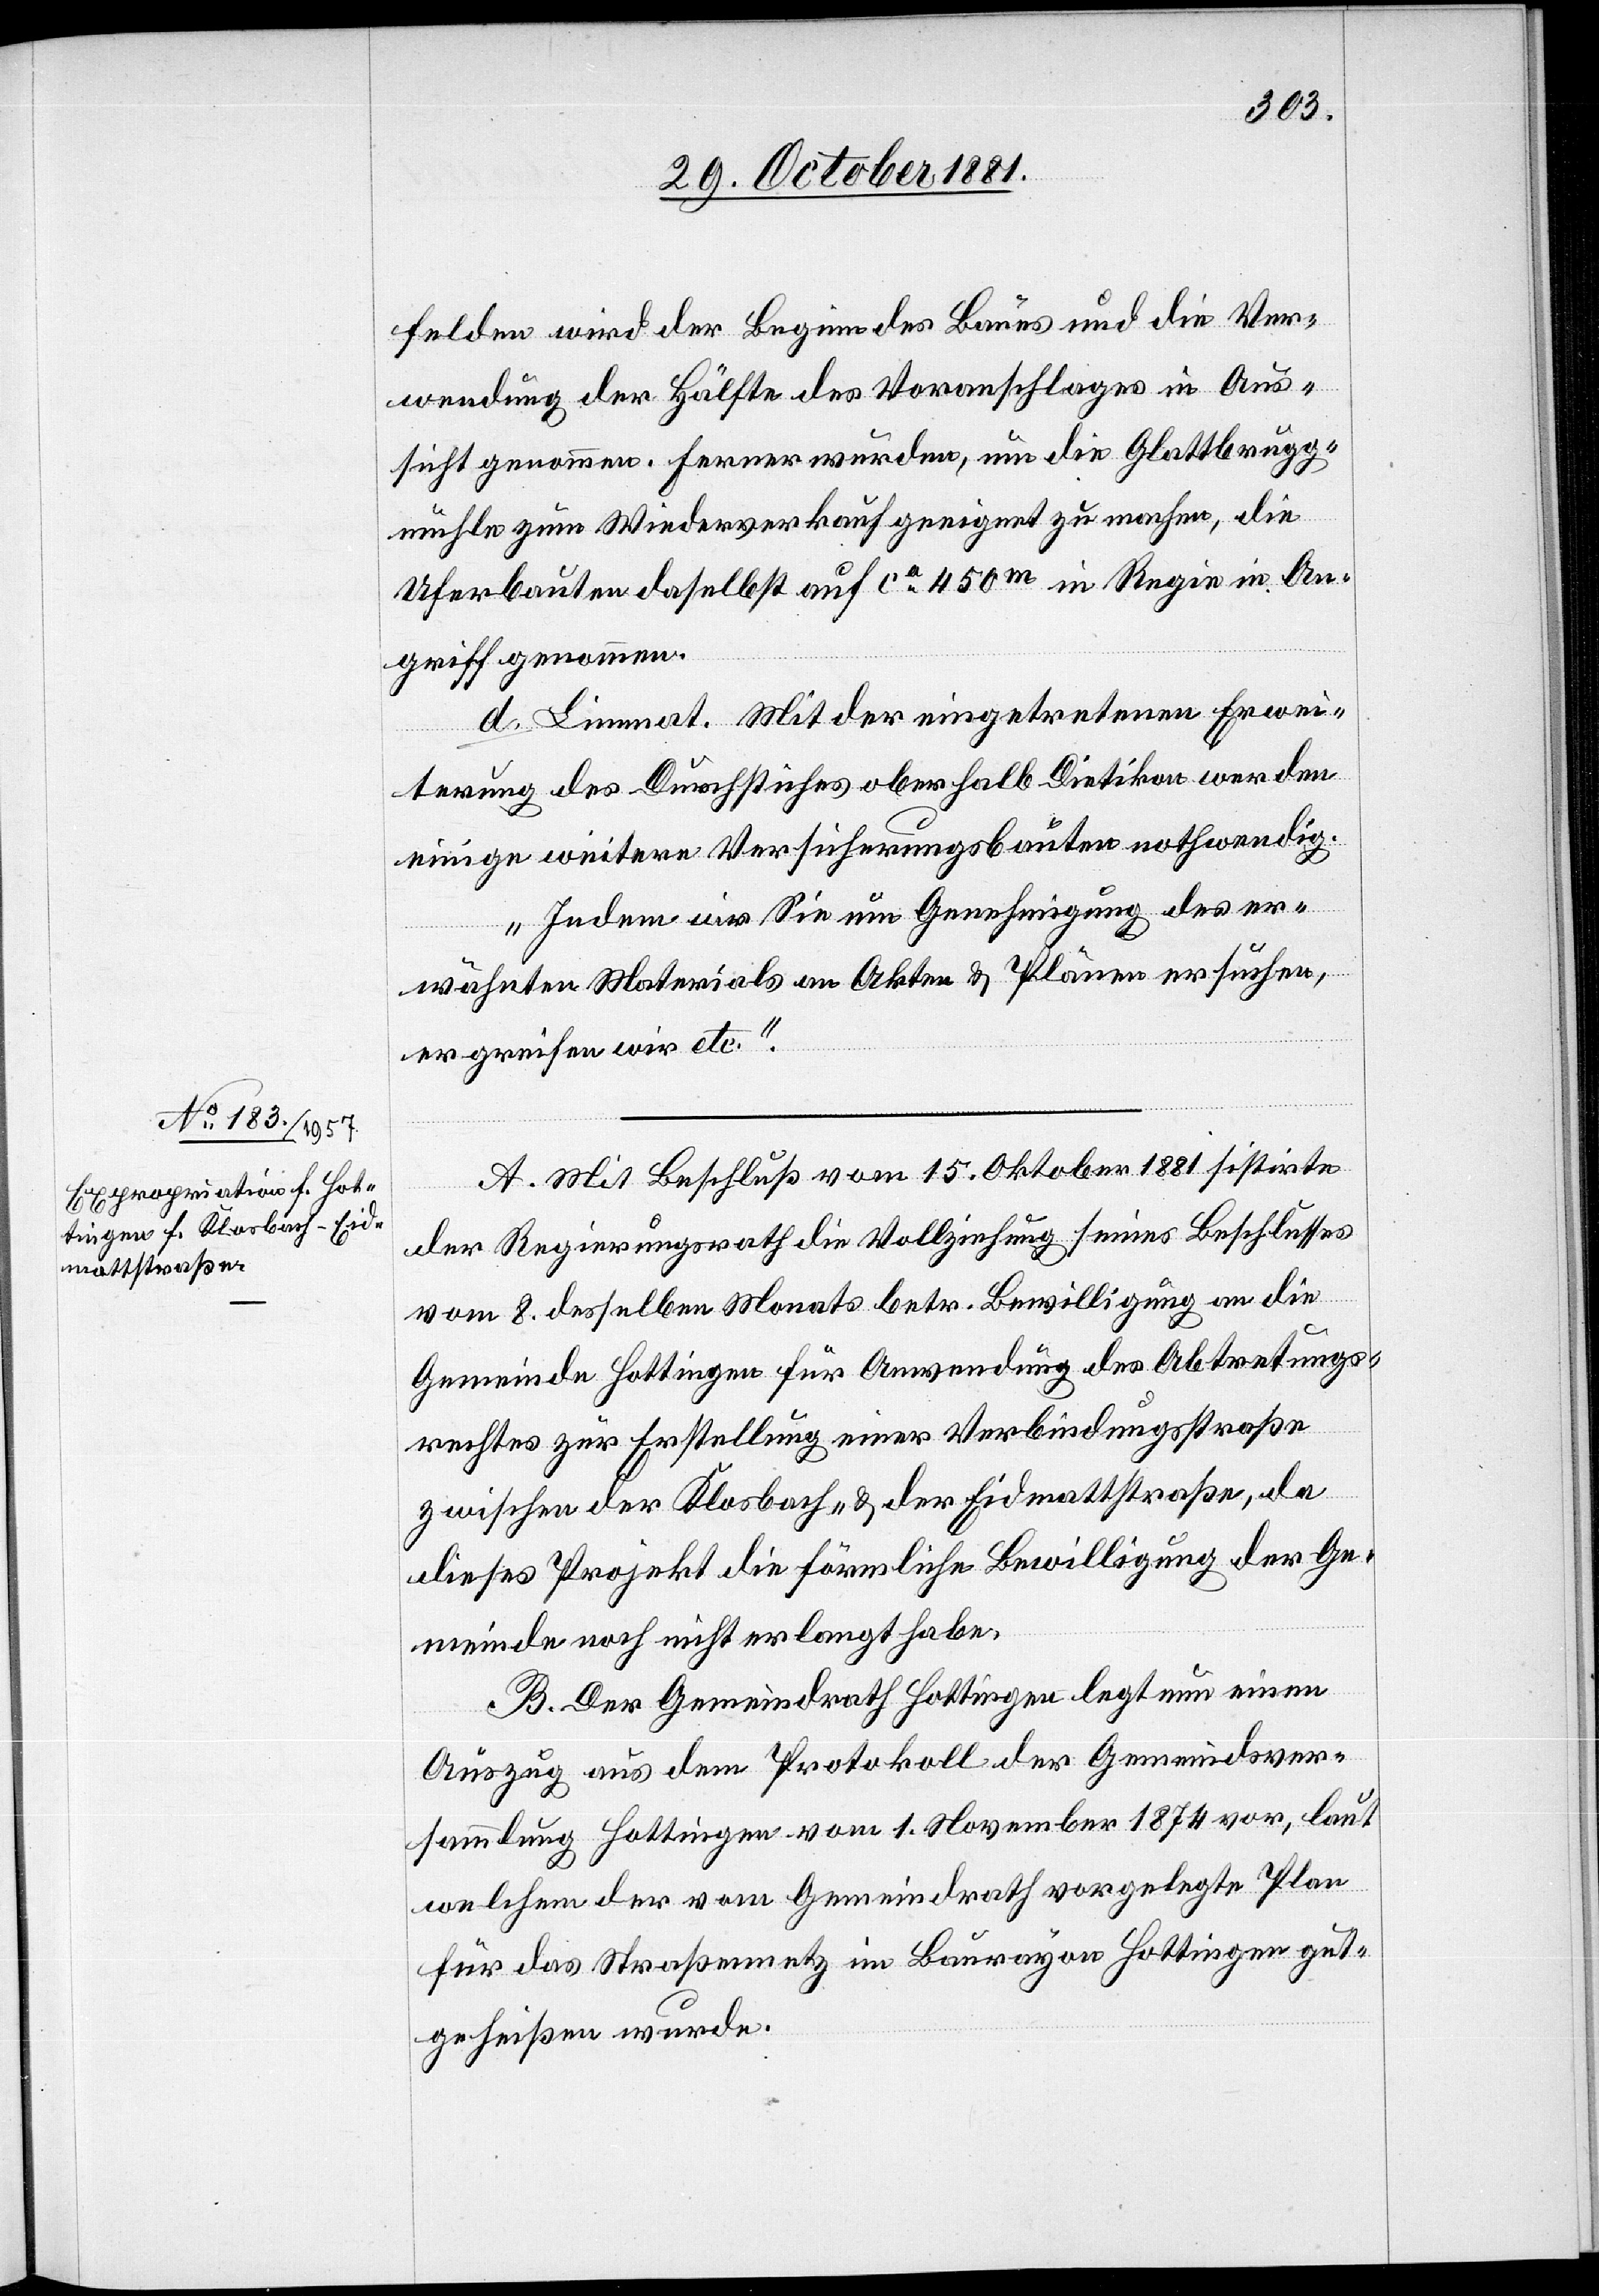
felden wird der Beginn des Baues und die Ver¬
wendung der Hälfte des Voranschlages in Aus¬
sicht genommen. Ferner wurden, um die Glattbrugg¬
mühle zum Wiederverkauf geeignet zu machen, die
Uferbauten daselbst auf ca 450m in Regie in An¬
griff genommen.
d. Limmat. Mit der eingetretenen Erwei¬
terung des Durchstiches oberhalb Dietikon werden
einige weitere Versicherungsbauten nothwendig.
Indem wir Sie um Genehmigung des er¬
wähnten Materials an Akten & Plänen ersuchen,
ergreifen wir etc.“
A. Mit Beschluß vom 15. Oktober 1881 sistirte
der Regierungsrath die Vollziehung seines Beschlusses
vom 8. desselben Monats betr. Bewilligung an die
Gemeinde Hottingen für Anwendung des Abtretungs¬
rechtes zur Erstellung einer Verbindungsstraße
zwischen der Klosbach- & der Eidmattstraße, da
dieses Projekt die förmliche Bewilligung der Ge¬
meinde noch nicht erlangt habe.
B. Der Gemeindrath Hottingen legt nun einen
Auszug aus dem Protokoll der Gemeindsver¬
sammlung Hottingen vom 1. November 1874 vor, laut
welchem der vom Gemeindrath vorgelegte Plan
für das Straßennetz im Baurayon Hottingen gut¬
geheißen wurde.